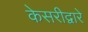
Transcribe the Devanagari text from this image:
केसरीद्वारे